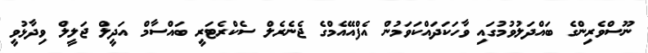
ނޫސްވެރިންގެ ބައްދަލުވުމުުގައި ވާހަކަދައްކަވަމުން އެފްއޭއެމްގެ ޖެނެރެލް ސެކްރެޓަރީ ބައްސާމް އަދީލް ޖަލީލް ވިދާޅުވީ